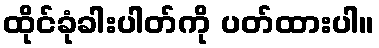
ထိုင်ခုံခါးပါတ်ကို ပတ်ထားပါ။